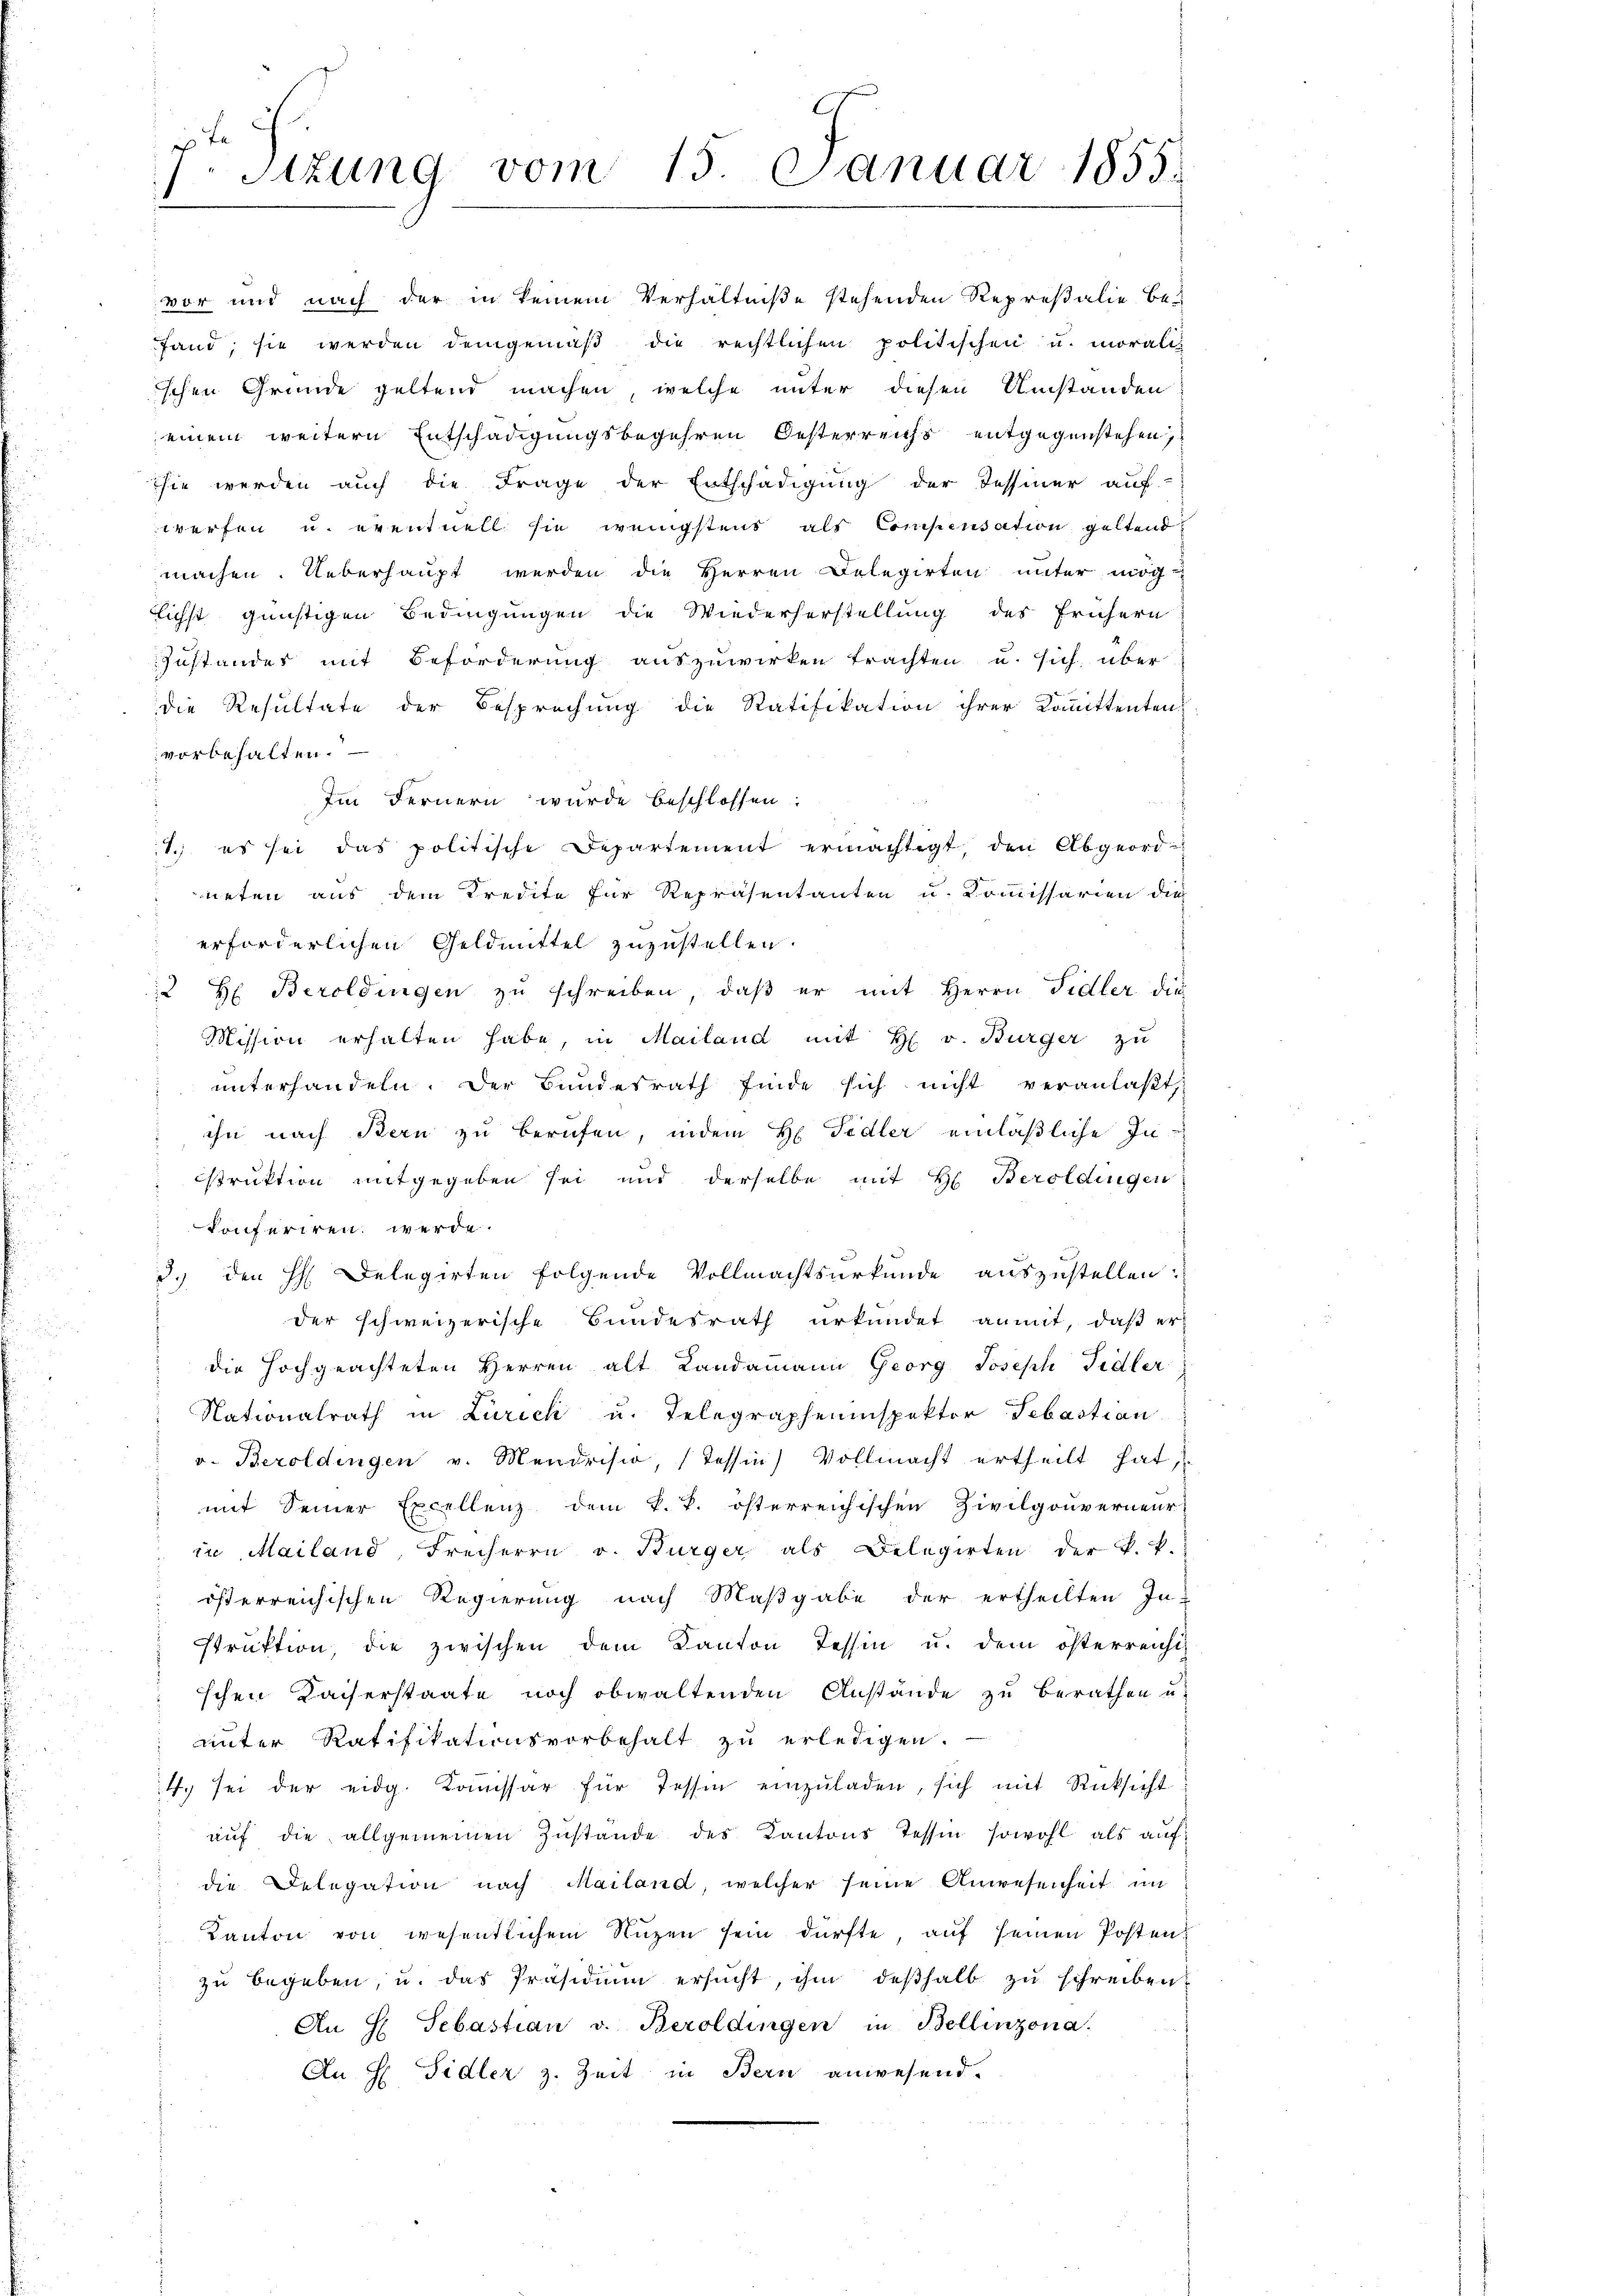
vorbehalten.
die Delegation nach Mailand, welcher seine Anwesenheit in
Kanton von wesentlichem Nuzen sein dürfte, auf seinen Posten
zu begeben, u. das Präsidium ersucht, ihm deßhalb zu schreiben,
An H Sebastian v. Beroldingen in Bellinzona.
An H: Sidler z. Zeit in Bern anwesend.

t
Stzung vom 15. Januar 1855.

vor und nach der in keinem Verhältniße stehenden Represalie be-
fand, sie werden demgemäß die rechtlichen politischen u. moralis
schen Grunde geltend machen, welche unter diesen Umständen
einem weitern Entschädigungsbegehren Oesterreichs entgegenstehen,
sie werden auch die Frage der Entschädigung der Tessiner auf-
werfen u. eventuell sie wenigstens als Compensation geltend:
machen. Ueberhaupt werden die Herren Belegirten unter mög
lichst günstigen Bedingungen die Wiederherstellung des Frühern
Zustandes mit Beförderung auszuwirken trachten u. sich über
die Resultate der Besprechung die Ratifikation ihrer Kommittenten
Im Fernern wurde beschlossen:
1.) es sei das politische Departement ermächtigt, den Abgeordneten aus dem Kredite für Repräsentanten u. Kommissarien die
erforderlichen Geldmittel zuzustellen.
2 H Beroldingen zu schreiben, daß er mit Herrn Fidler die
Mission erhalten habe, in Mailand mit H. v. Bürger zu
unterhandeln. Der Bundesrath finde sich nicht veranlaßt,
ihn nach Bern zu berufen, indem H. Fidler einläßliche Inistruktion mitgegeben sei und derselbe mit H. Beroldingen
konferiren werde.
3.) den H: Delegirten folgende Vollmachtsurkunde auszustellen.
der schweizerische Bundesrath urkundet anmit, daß er
 die Hochgeachteten Herren alt Landammann Georg Joseph Fidler
Nationalrath in Zürich u. Telegrapheninspektor Sebastian
v. Beroldingen v. Mendrisio, (Tessin, Vollmacht ertheilt hat,
mit Seiner Excellenz dem k. k. österreichischen Zivilgouverneur
in Mailand, Freiherrn v. Bürger als Belegirten der k. k.
 österreichischen Regierung nach Maßgabe der ertheilten In-
struktion, die zwischen dem Kanton Tessin u. dem österreicht
schen Kaiserstaate noch obwaltenden Anstände zu berathen u.
unter Ratifikationsvorbehalt zu erledigen.
4. sei der eidg. Koṁissar für Tessin einzŭladen, sich mit Rücksicht
aŭf die allgemeinen Zustande des Kantons Tessin sowohl als auf¬